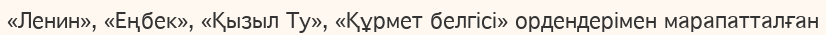
«Ленин», «Еңбек», «Қызыл Ту», «Құрмет белгісі» ордендерімен марапатталған